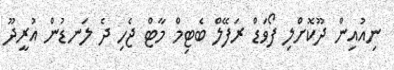
ނިއުއިން ދޫކޮށްލި ފޯވަޑް ރަފޭލް ބެޓިމް މާޓް ޖެހި ދެ ލަނޑުން އުރީދޫ